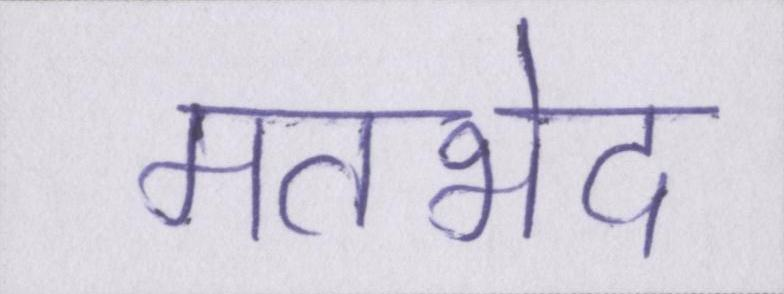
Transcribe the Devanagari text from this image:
मतभेद